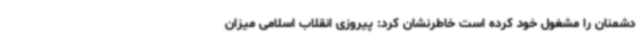
دشمنان را مشغول خود کرده است خاطرنشان کرد: پیروزی انقلاب اسلامی میزان